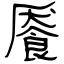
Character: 餍